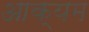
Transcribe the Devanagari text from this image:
आक्यम